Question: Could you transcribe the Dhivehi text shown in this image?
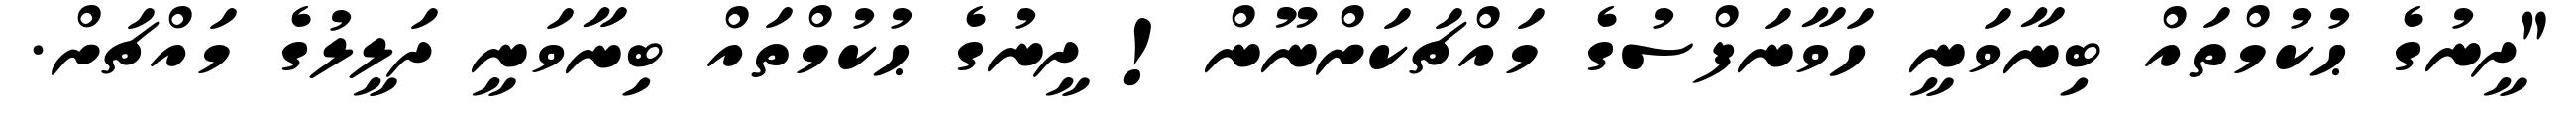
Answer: "ދީނުގެ ޙުކުމްތައް ބިނާވަނީ ހަވާނަފްސުގެ މައްޗަކަށްނޫން! ދީނުގެ ޙުކުމްތައް ބިނާވަނީ ދަލީލުގެ މައްޗަށް.